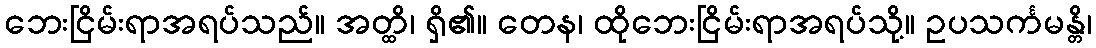
ဘေးငြိမ်းရာအရပ်သည်။ အတ္ထိ၊ ရှိ၏။ တေန၊ ထိုဘေးငြိမ်းရာအရပ်သို့။ ဥပသင်္ကမန္တိ၊